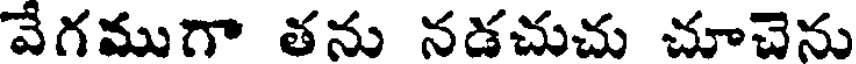
వేగముగా తను నడచుచు చూచెను